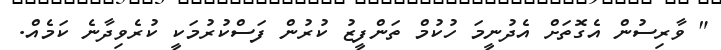
" ވާރިސުން އެގޮތަށް އެދުނީމަ ހުކުމް ތަންފީޒު ކުރުން ފަސްކުރުމަކީ ކުރެވިދާނެ ކަމެއް.